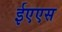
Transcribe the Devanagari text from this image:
ईएएस